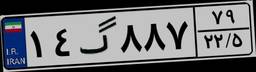
۷۳گ۸۶۳۴۶